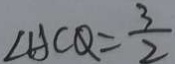
\angle A C Q = \frac { 3 } { 2 }